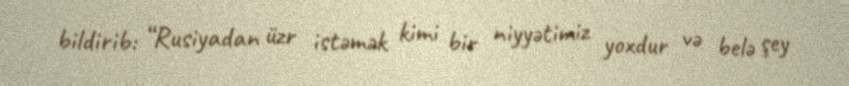
bildirib: “Rusiyadan üzr istəmək kimi bir niyyətimiz yoxdur və belə şey